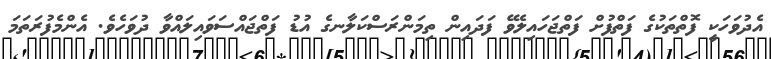
އެދުވަހަކީ ފޮތްތަކުގެ ފަތްފުށް ފަތްޖަހައިލެވޭ ފަދައިން ތިމަންރަސްކަލާނގެ އުޑު ފަތްޖައްސަވައިލައްވާ ދުވަހެވެ. އެންމެފުރަތަމަ